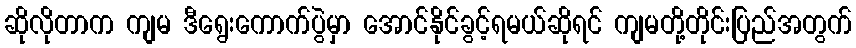
ဆိုလိုတာက ကျမ ဒီရွေးကောက်ပွဲမှာ အောင်နိုင်ခွင့်ရမယ်ဆိုရင် ကျမတို့တိုင်းပြည်အတွက်